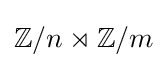
\mathbb {Z} /n\rtimes \mathbb {Z} /m